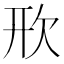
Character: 㰢